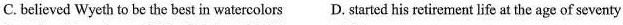
C. believed Wyeth to be the best in watercolors D. Started his retirement life at the age of seventy